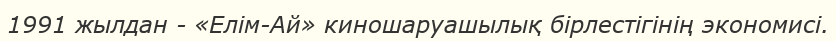
1991 жылдан - «Елім-Ай» киношаруашылық бірлестігінің экономисі.